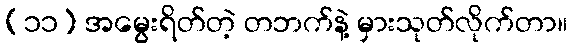
(၁၁) အမွေးရိတ်တဲ့ တဘက်နဲ့ မှားသုတ်လိုက်တာ။